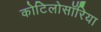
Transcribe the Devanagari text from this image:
कोटिलोसॉरिया